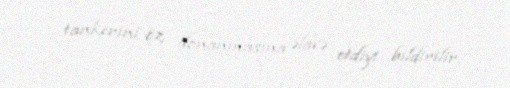
tankerini öz donanmasına əlavə etdiyi bildirilir.